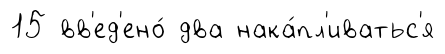
15 вв'ед'ено́ два нака́пл'иватьс'я